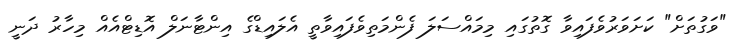
"ވަގުތަށް" ކަށަވަރުވެފައިވާ ގޮތުގައި މިމައްސަލަ ފެންމަތިވެފައިވާތީ އެލައިޑްގެ އިންޓާނަލް އޮޑިޓްއެއް މިހާރު ދަނީ